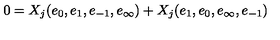
0 = X _ { j } ( e _ { 0 } , e _ { 1 } , e _ { - 1 } , e _ { \infty } ) + X _ { j } ( e _ { 1 } , e _ { 0 } , e _ { \infty } , e _ { - 1 } )